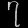
Digit: ၇